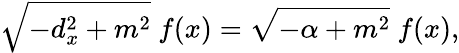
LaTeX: \sqrt{-d_{x}^{2}+m^{2}}\ f(x)=\sqrt{-\alpha+m^{2}}\ f(x),